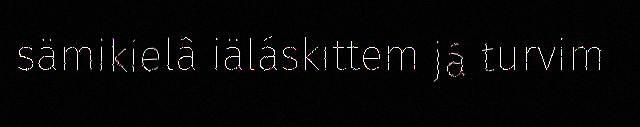
sämikielâ iäláskittem já turvim